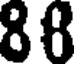
88